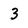
Character: 3